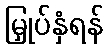
မြှုပ်နှံရန်